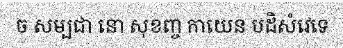
ច សម្បជា នោ សុខញ្ច កាយេន បដិសំវេទេ